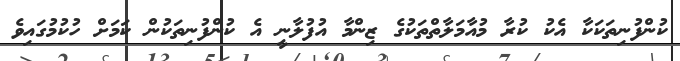
ކުންފުނިތަކަކާ އެކު ކުރާ މުއާމަލާތްތަކުގެ ޒިންމާ އުފުލާނީ އެ ކުންފުނިތަކުން ކަމަށް ހުކުމުގައިވެ